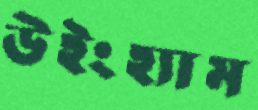
উইংহ্যাম